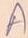
Text: A